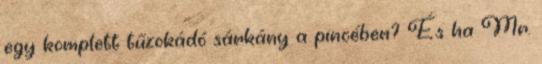
egy komplett tűzokádó sárkány a pincében? És ha Mr.